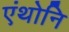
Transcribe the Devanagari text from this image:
एंथोनि